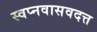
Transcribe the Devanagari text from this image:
स्वप्नवासवदत्त